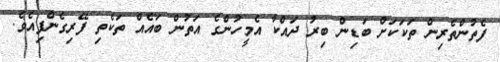
ފެތުންތެރިން ތަކަކަށް ބަޑިން ބިރު ދައްކާ އެމީހުންގެ އަތުން ބައެއް ތަކެތި ފޭރިގެންފިއެވެ.